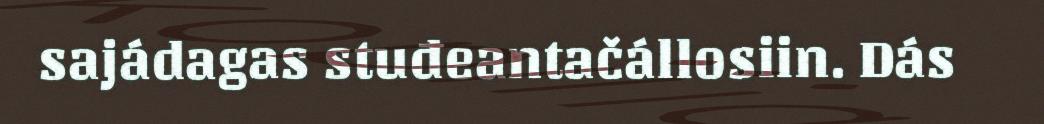
sajádagas stuđeantačállosiin. Dás